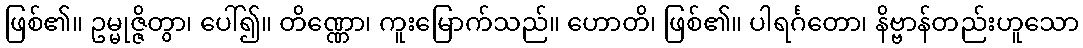
ဖြစ်၏။ ဥမ္မုဇ္ဇိတွာ၊ ပေါ်၍။ တိဏ္ဏော၊ ကူးမြောက်သည်။ ဟောတိ၊ ဖြစ်၏။ ပါရင်္ဂတော၊ နိဗ္ဗာန်တည်းဟူသော